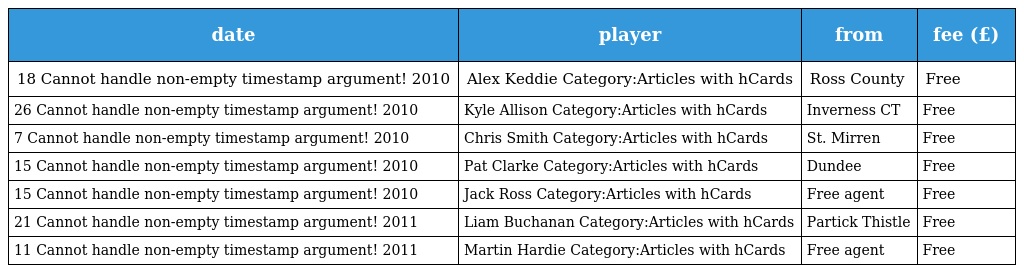
| date | player | from | fee (£) |
 | --- | --- | --- | --- |
 | 18 Cannot handle non-empty timestamp argument! 2010 | Alex Keddie Category:Articles with hCards | Ross County | Free |
 | 26 Cannot handle non-empty timestamp argument! 2010 | Kyle Allison Category:Articles with hCards | Inverness CT | Free |
 | 7 Cannot handle non-empty timestamp argument! 2010 | Chris Smith Category:Articles with hCards | St. Mirren | Free |
 | 15 Cannot handle non-empty timestamp argument! 2010 | Pat Clarke Category:Articles with hCards | Dundee | Free |
 | 15 Cannot handle non-empty timestamp argument! 2010 | Jack Ross Category:Articles with hCards | Free agent | Free |
 | 21 Cannot handle non-empty timestamp argument! 2011 | Liam Buchanan Category:Articles with hCards | Partick Thistle | Free |
 | 11 Cannot handle non-empty timestamp argument! 2011 | Martin Hardie Category:Articles with hCards | Free agent | Free |